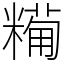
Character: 𥼓